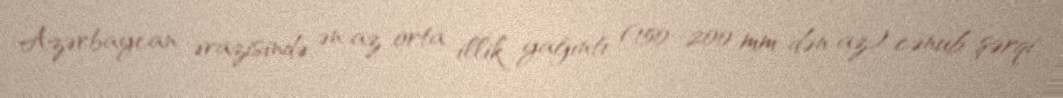
Azərbaycan ərazisində ən az orta illik yağıntı (150–200 mm-dən az) cənub-şərqi